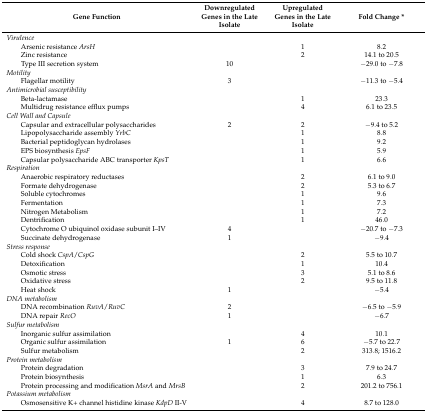
<table><thead><tr><td><b>Gene Function</b></td><td><b>Downregulated Genes in the Late Isolate</b></td><td><b>Upregulated Genes in the Late Isolate</b></td><td><b>Fold Change *</b></td></tr></thead><tbody><tr><td><i>Virulence</i></td><td></td><td></td><td></td></tr><tr><td>Arsenic resistance <i>ArsH</i></td><td></td><td>1</td><td>8.2</td></tr><tr><td>Zinc resistance</td><td></td><td>2</td><td>14.1 to 20.5</td></tr><tr><td>Type III secretion system</td><td>10</td><td></td><td>−29.0 to −7.8</td></tr><tr><td><i>Motility</i></td><td></td><td></td><td></td></tr><tr><td>Flagellar motility</td><td>3</td><td></td><td>−11.3 to −5.4</td></tr><tr><td><i>Antimicrobial susceptibility</i></td><td></td><td></td><td></td></tr><tr><td>Beta-lactamase</td><td></td><td>1</td><td>23.3</td></tr><tr><td>Multidrug resistance efflux pumps</td><td></td><td>4</td><td>6.1 to 23.5</td></tr><tr><td><i>Cell Wall and Capsule</i></td><td></td><td></td><td></td></tr><tr><td>Capsular and extracellular polysaccharides</td><td>2</td><td>2</td><td>−9.4 to 5.2</td></tr><tr><td>Lipopolysaccharide assembly <i>YrbC</i></td><td></td><td>1</td><td>8.8</td></tr><tr><td>Bacterial peptidoglycan hydrolases</td><td></td><td>1</td><td>9.2</td></tr><tr><td>EPS biosynthesis <i>EpsF</i></td><td></td><td>1</td><td>5.9</td></tr><tr><td>Capsular polysaccharide ABC transporter <i>KpsT</i></td><td></td><td>1</td><td>6.6</td></tr><tr><td><i>Respiration</i></td><td></td><td></td><td></td></tr><tr><td>Anaerobic respiratory reductases</td><td></td><td>2</td><td>6.1 to 9.0</td></tr><tr><td>Formate dehydrogenase</td><td></td><td>2</td><td>5.3 to 6.7</td></tr><tr><td>Soluble cytochromes</td><td></td><td>1</td><td>9.6</td></tr><tr><td>Fermentation</td><td></td><td>1</td><td>7.3</td></tr><tr><td>Nitrogen Metabolism</td><td></td><td>1</td><td>7.2</td></tr><tr><td>Dentrification</td><td></td><td>1</td><td>46.0</td></tr><tr><td>Cytochrome O ubiquinol oxidase subunit I–IV</td><td>4</td><td></td><td>−20.7 to −7.3</td></tr><tr><td>Succinate dehydrogenase</td><td>1</td><td></td><td>−9.4</td></tr><tr><td><i>Stress response</i></td><td></td><td></td><td></td></tr><tr><td>Cold shock <i>CspA</i>/<i>CspG</i></td><td></td><td>2</td><td>5.5 to 10.7</td></tr><tr><td>Detoxification</td><td></td><td>1</td><td>10.4</td></tr><tr><td>Osmotic stress</td><td></td><td>3</td><td>5.1 to 8.6</td></tr><tr><td>Oxidative stress</td><td></td><td>2</td><td>9.5 to 11.8</td></tr><tr><td>Heat shock</td><td>1</td><td></td><td>−5.4</td></tr><tr><td><i>DNA metabolism</i></td><td></td><td></td><td></td></tr><tr><td>DNA recombination <i>RuvA</i>/<i>RuvC</i></td><td>2</td><td></td><td>−6.5 to −5.9</td></tr><tr><td>DNA repair <i>RecO</i></td><td>1</td><td></td><td>−6.7</td></tr><tr><td><i>Sulfur metabolism</i></td><td></td><td></td><td></td></tr><tr><td>Inorganic sulfur assimilation</td><td></td><td>4</td><td>10.1</td></tr><tr><td>Organic sulfur assimilation</td><td>1</td><td>6</td><td>−5.7 to 22.7</td></tr><tr><td>Sulfur metabolism</td><td></td><td>2</td><td>313.8; 1516.2</td></tr><tr><td><i>Protein metabolism</i></td><td></td><td></td><td></td></tr><tr><td>Protein degradation</td><td></td><td>3</td><td>7.9 to 24.7</td></tr><tr><td>Protein biosynthesis</td><td></td><td>1</td><td>6.3</td></tr><tr><td>Protein processing and modification <i>MsrA</i> and <i>MrsB</i></td><td></td><td>2</td><td>201.2 to 756.1</td></tr><tr><td><i>Potassium metabolism</i></td><td></td><td></td><td></td></tr><tr><td>Osmosensitive K+ channel histidine kinase <i>KdpD</i> II-V</td><td></td><td>4</td><td>8.7 to 128.0</td></tr></tbody></table>